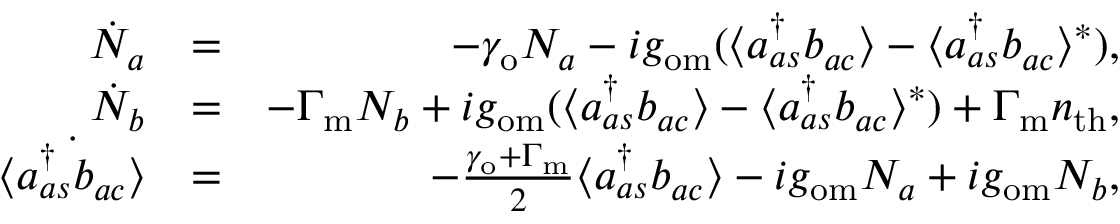
\begin{array} { r l r } { \dot { N } _ { a } } & { = } & { - \gamma _ { \mathrm { o } } N _ { a } - i g _ { \mathrm { o m } } ( \langle a _ { a s } ^ { \dagger } b _ { a c } \rangle - \langle a _ { a s } ^ { \dagger } b _ { a c } \rangle ^ { * } ) , } \\ { \dot { N } _ { b } } & { = } & { - \Gamma _ { \mathrm { m } } N _ { b } + i g _ { \mathrm { o m } } ( \langle a _ { a s } ^ { \dagger } b _ { a c } \rangle - \langle a _ { a s } ^ { \dagger } b _ { a c } \rangle ^ { * } ) + \Gamma _ { \mathrm { m } } n _ { \mathrm { t h } } , } \\ { \dot { \langle a _ { a s } ^ { \dagger } b _ { a c } \rangle } } & { = } & { - \frac { \gamma _ { \mathrm { o } } + \Gamma _ { \mathrm { m } } } { 2 } \langle a _ { a s } ^ { \dagger } b _ { a c } \rangle - i g _ { \mathrm { o m } } N _ { a } + i g _ { \mathrm { o m } } N _ { b } , } \end{array}